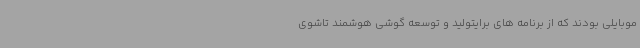
موبایلی بودند که از برنامه های برایتولید و توسعه گوشی هوشمند تاشوی